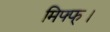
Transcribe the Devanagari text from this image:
मिफ्फ्।